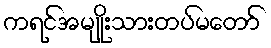
ကရင်အမျိုးသားတပ်မတော်